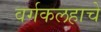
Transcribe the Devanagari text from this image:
वर्गकलहाचे